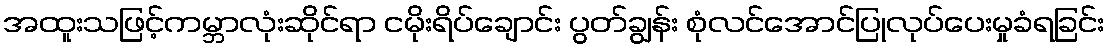
အထူးသဖြင့်ကမ္ဘာလုံးဆိုင်ရာ ငမိုးရိပ်ချောင်း ပွတ်ချွန်း စုံလင်အောင်ပြုလုပ်ပေးမှုခံရခြင်း